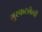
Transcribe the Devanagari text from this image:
गुरफटलेली